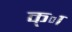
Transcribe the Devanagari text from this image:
क्ा